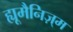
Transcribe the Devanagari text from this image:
ह्यूमैनिज़्म